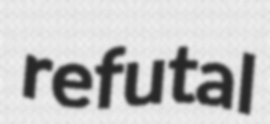
refutal